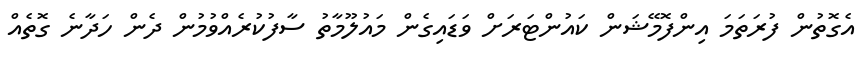
އެގޮތުން ފުރަތަމަ އިންފޮމޭޝަން ކައުންޓަރަށް ވަޑައިގެން މައުލޫމާތު ސާފުކުރެއްވުމުން ދެން ހަދާނެ ގޮތެއް